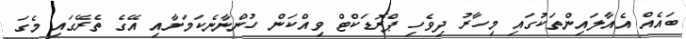
ބައެއް އެއާލައިންތަކުގައި މިހާރު ދިވެހި ޕްރޮޑަކްޓް ވިއްކަން ހުންނާނެކަމަށާއި އޭގެ ތެރޭގައި މެގަ